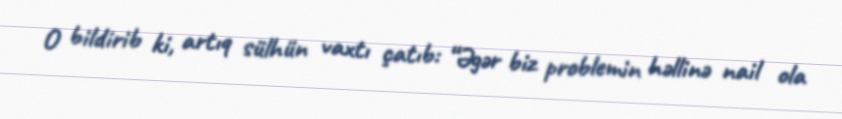
O bildirib ki, artıq sülhün vaxtı çatıb: “Əgər biz problemin həllinə nail ola